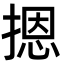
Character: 摁